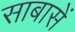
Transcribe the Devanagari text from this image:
साबासें